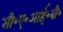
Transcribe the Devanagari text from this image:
सी॰ए॰आई॰बी॰